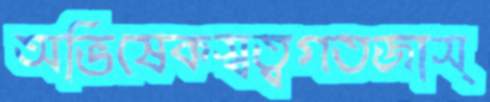
অভিষেকস্বত্বগতজাস্